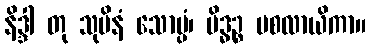
နိဒ္ဒါ တု သုပိနံ သောပ္ပံ၊ မိဒ္ဓဉ္စ ပစလာယိကာ။